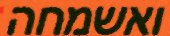
ואשמחה